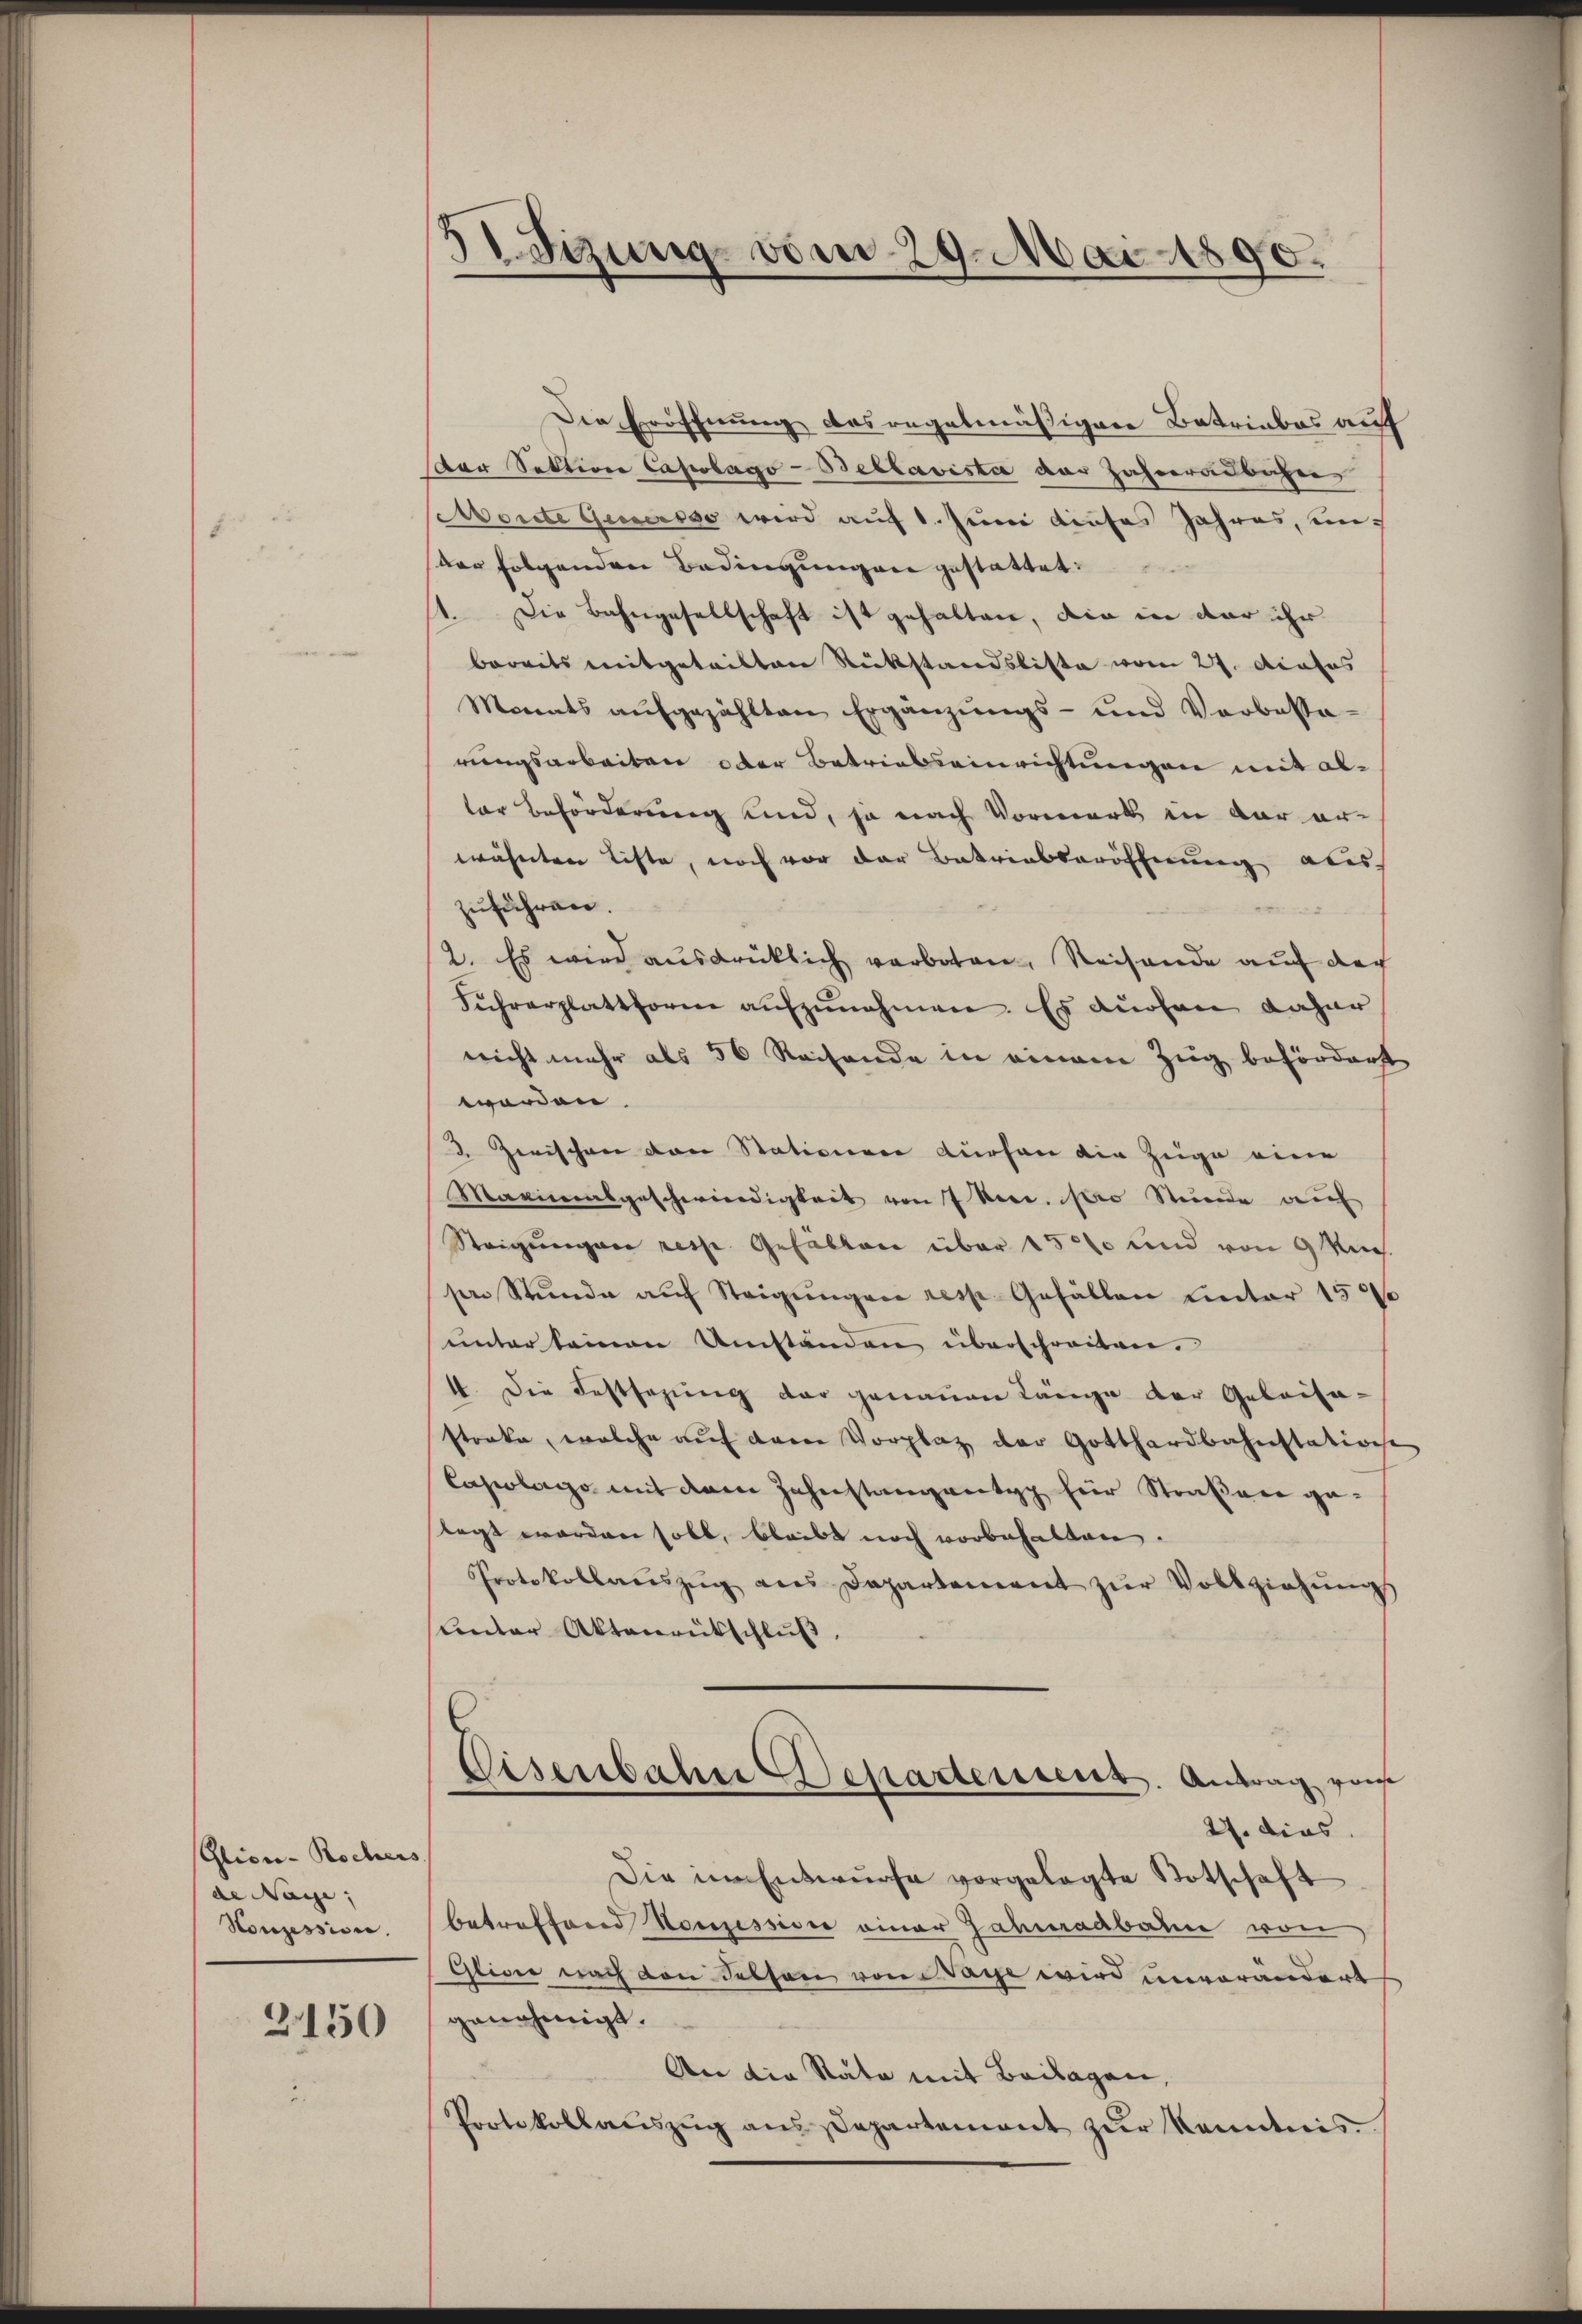
Glion-Rochers
de Nage; |
Honzession.

2150

dizung vom 29. Mai 1890.

Die Eröffnung des regelmäßigere Betriebes auf
der Sektion Capolago-Bellavisti der Zahneralbahn
Monte Geser so wird auf 1. Juni dieses Jahres, un
der folgenden Bedingungen gestattet:
1. Die Bahngesellschaft ist gehalten, die in dar ihr
bereits mitgeteilten Rückstandsliste vom 27. Aposos
Monats aŭfgezählten Ergänzŭngs- und Vorbassa-
rungsarbeiten oder Betriebseinrichtungen mit altor Beförderung und, ja nach Vormerk in der er-
wähnten Liste, noch vor der Betriebseröfferung aber
zuführen.
2. Es wird ausdrücklich verboten, Reisende auf der
Führerplattforme aŭfzŭnehmen. Es auchen daher
nicht mehr als 50 Reisende in einem Zug befördert
worden.
2 Zwischen von Stationen dürfen die Zuge eine
Maximalgeschwindigkeit von 7 Meer. pro Stunde auf
Steigungen resp. Gefällen über 1500 und von 9 Mich.
ser Stŭnde aŭf Steigŭngen resp. Gefällen unter 1500
unter seinen Umständen überschreiben.
1. Die Festsezung der genauen Länge der Gelaisa-
strake, welche auf deren Vorplatz der Gotthardbahnstatione
Caserlege mit dem Zahnstanzweitag hier Straßen gelegt worden soll, bleibt noch vorbehalten.
Protokollaŭszŭg ans Departement zŭr Vollziehŭngs
unter Aktenrütschluß,
Eisenbahne Departement. Antrag von
27. dies
Die im Entwurfe vorgelegte Totschaft
betreffend Konzession einer Jahmadbahne von
Glidie nach den Felsen von Tage wird unverändert
genehmigt.
An die Rate mit Beilagen,
Portokollaŭszŭg ans Departement zŭr Kenntnis.